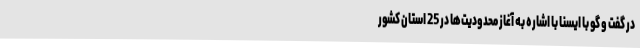
در گفت و گو با ایسنا با اشاره به آغاز محدودیت‌ها در 25 استان کشور